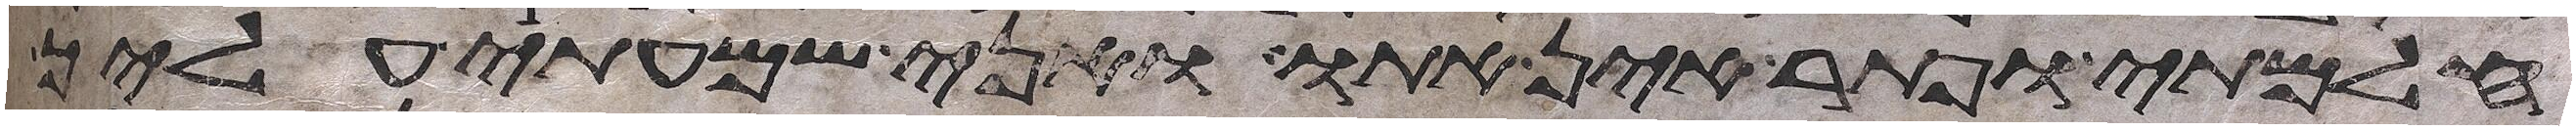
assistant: חלמתי ופתר אין אתו ואני שמעתי עליך